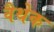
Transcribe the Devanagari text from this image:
वैथेक